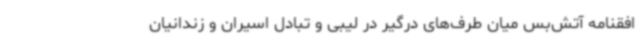
افقنامه آتش‌بس میان طرف‌های درگیر در لیبی و تبادل اسیران و زندانیان